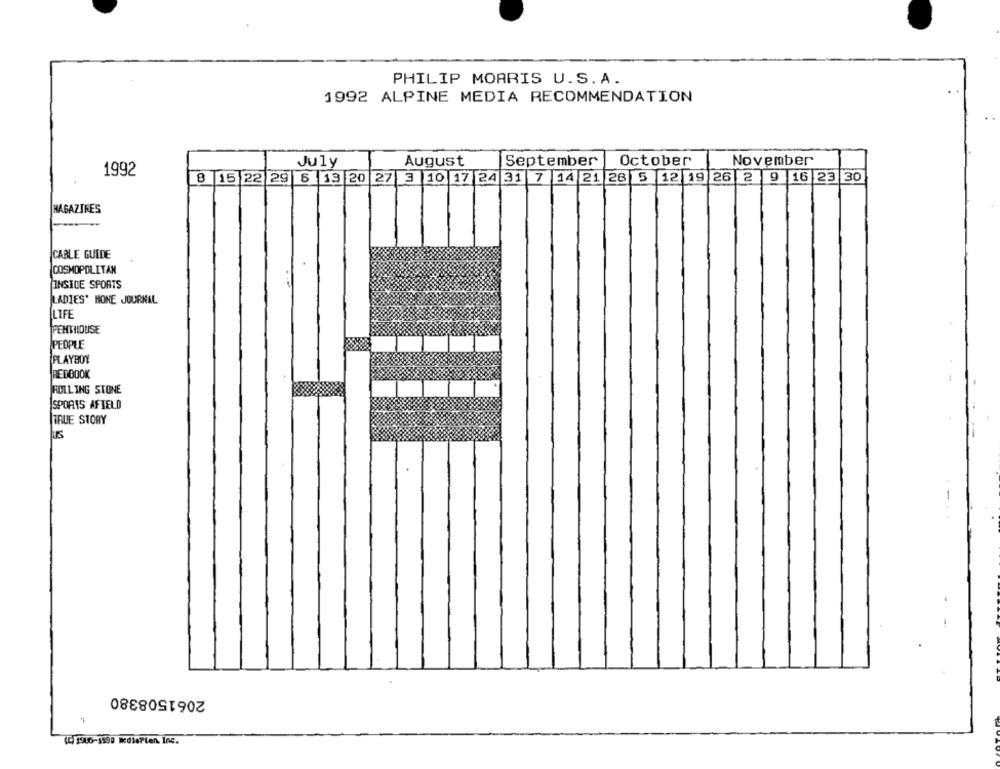
PHILIP MORRIS U.S.A.
1992 ALPINE MEDIA RECOMMENDATION
July
August
September
October
November
1992
8 15
22
29 6 13 20 27 3 10 17 24 31 7 14 21 26 5 12 19 26 2 9 16 23 30
HAGAZIKES
CABLE GUIDE
COSMOPOLITAN
INSIDE SPORTS
LADIES' HONE JOURNAL
LIFE
PENTHOUSE
PEOPLE
PLAYBOY
REDBOOK
ROLLING STONE
SPORTS AFIELD
TRUE STORY
2061508380
(4)1916-1599 IdiePlen. Inc.